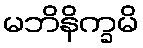
မဘိနိက္ခမိ